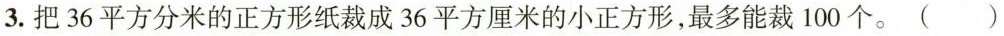
3. 把 36 平方分米的正方形纸裁成 36 平方厘米的小正方形，最多能裁 100 个。( )